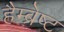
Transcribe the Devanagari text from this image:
हैम्ब्रेष्ट